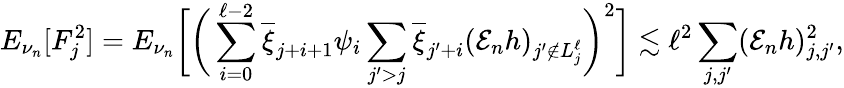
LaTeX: E_{\nu_{n}}[F_{j}^{2}]=E_{\nu_{n}}\bigg[\bigg(\sum_{i=0}^{\ell-2}\overline{{\xi}}_{j+i+1}\psi_{i}\sum_{j^{\prime}>j}\overline{{\xi}}_{j^{\prime}+i}(\mathcal{E}_{n}h)_{j^{\prime}\notin{L_{j}^{\ell}}}\bigg)^{2}\bigg]\lesssim\ell^{2}\sum_{j,j^{\prime}}(\mathcal{E}_{n}h)_{j,j^{\prime}}^{2},